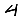
Digit: 4